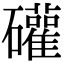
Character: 礶